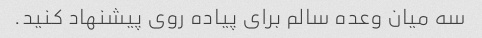
سه میان وعده سالم برای پیاده روی پیشنهاد کنید.